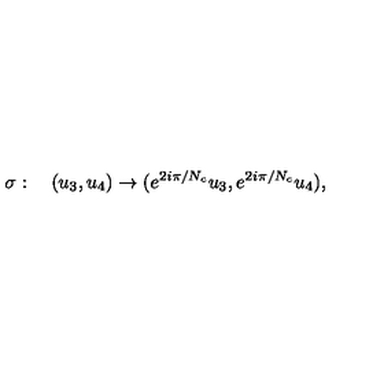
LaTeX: \sigma : \quad ( u _ { 3 } , u _ { 4 } ) \to ( e ^ { 2 i \pi / N _ { c } } u _ { 3 } , e ^ { 2 i \pi / N _ { c } } u _ { 4 } ) ,